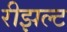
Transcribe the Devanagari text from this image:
रीझल्ट